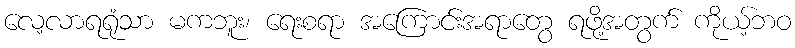
လေ့လာရရုံသာ မကဘူး၊ ရေးစရာ အကြောင်းအရာတွေ ရဖို့အတွက် ကိုယ့်ဘဝ